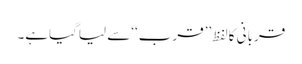
قربانی کالفظ ’’قرب‘‘سے لیاگیاہے۔